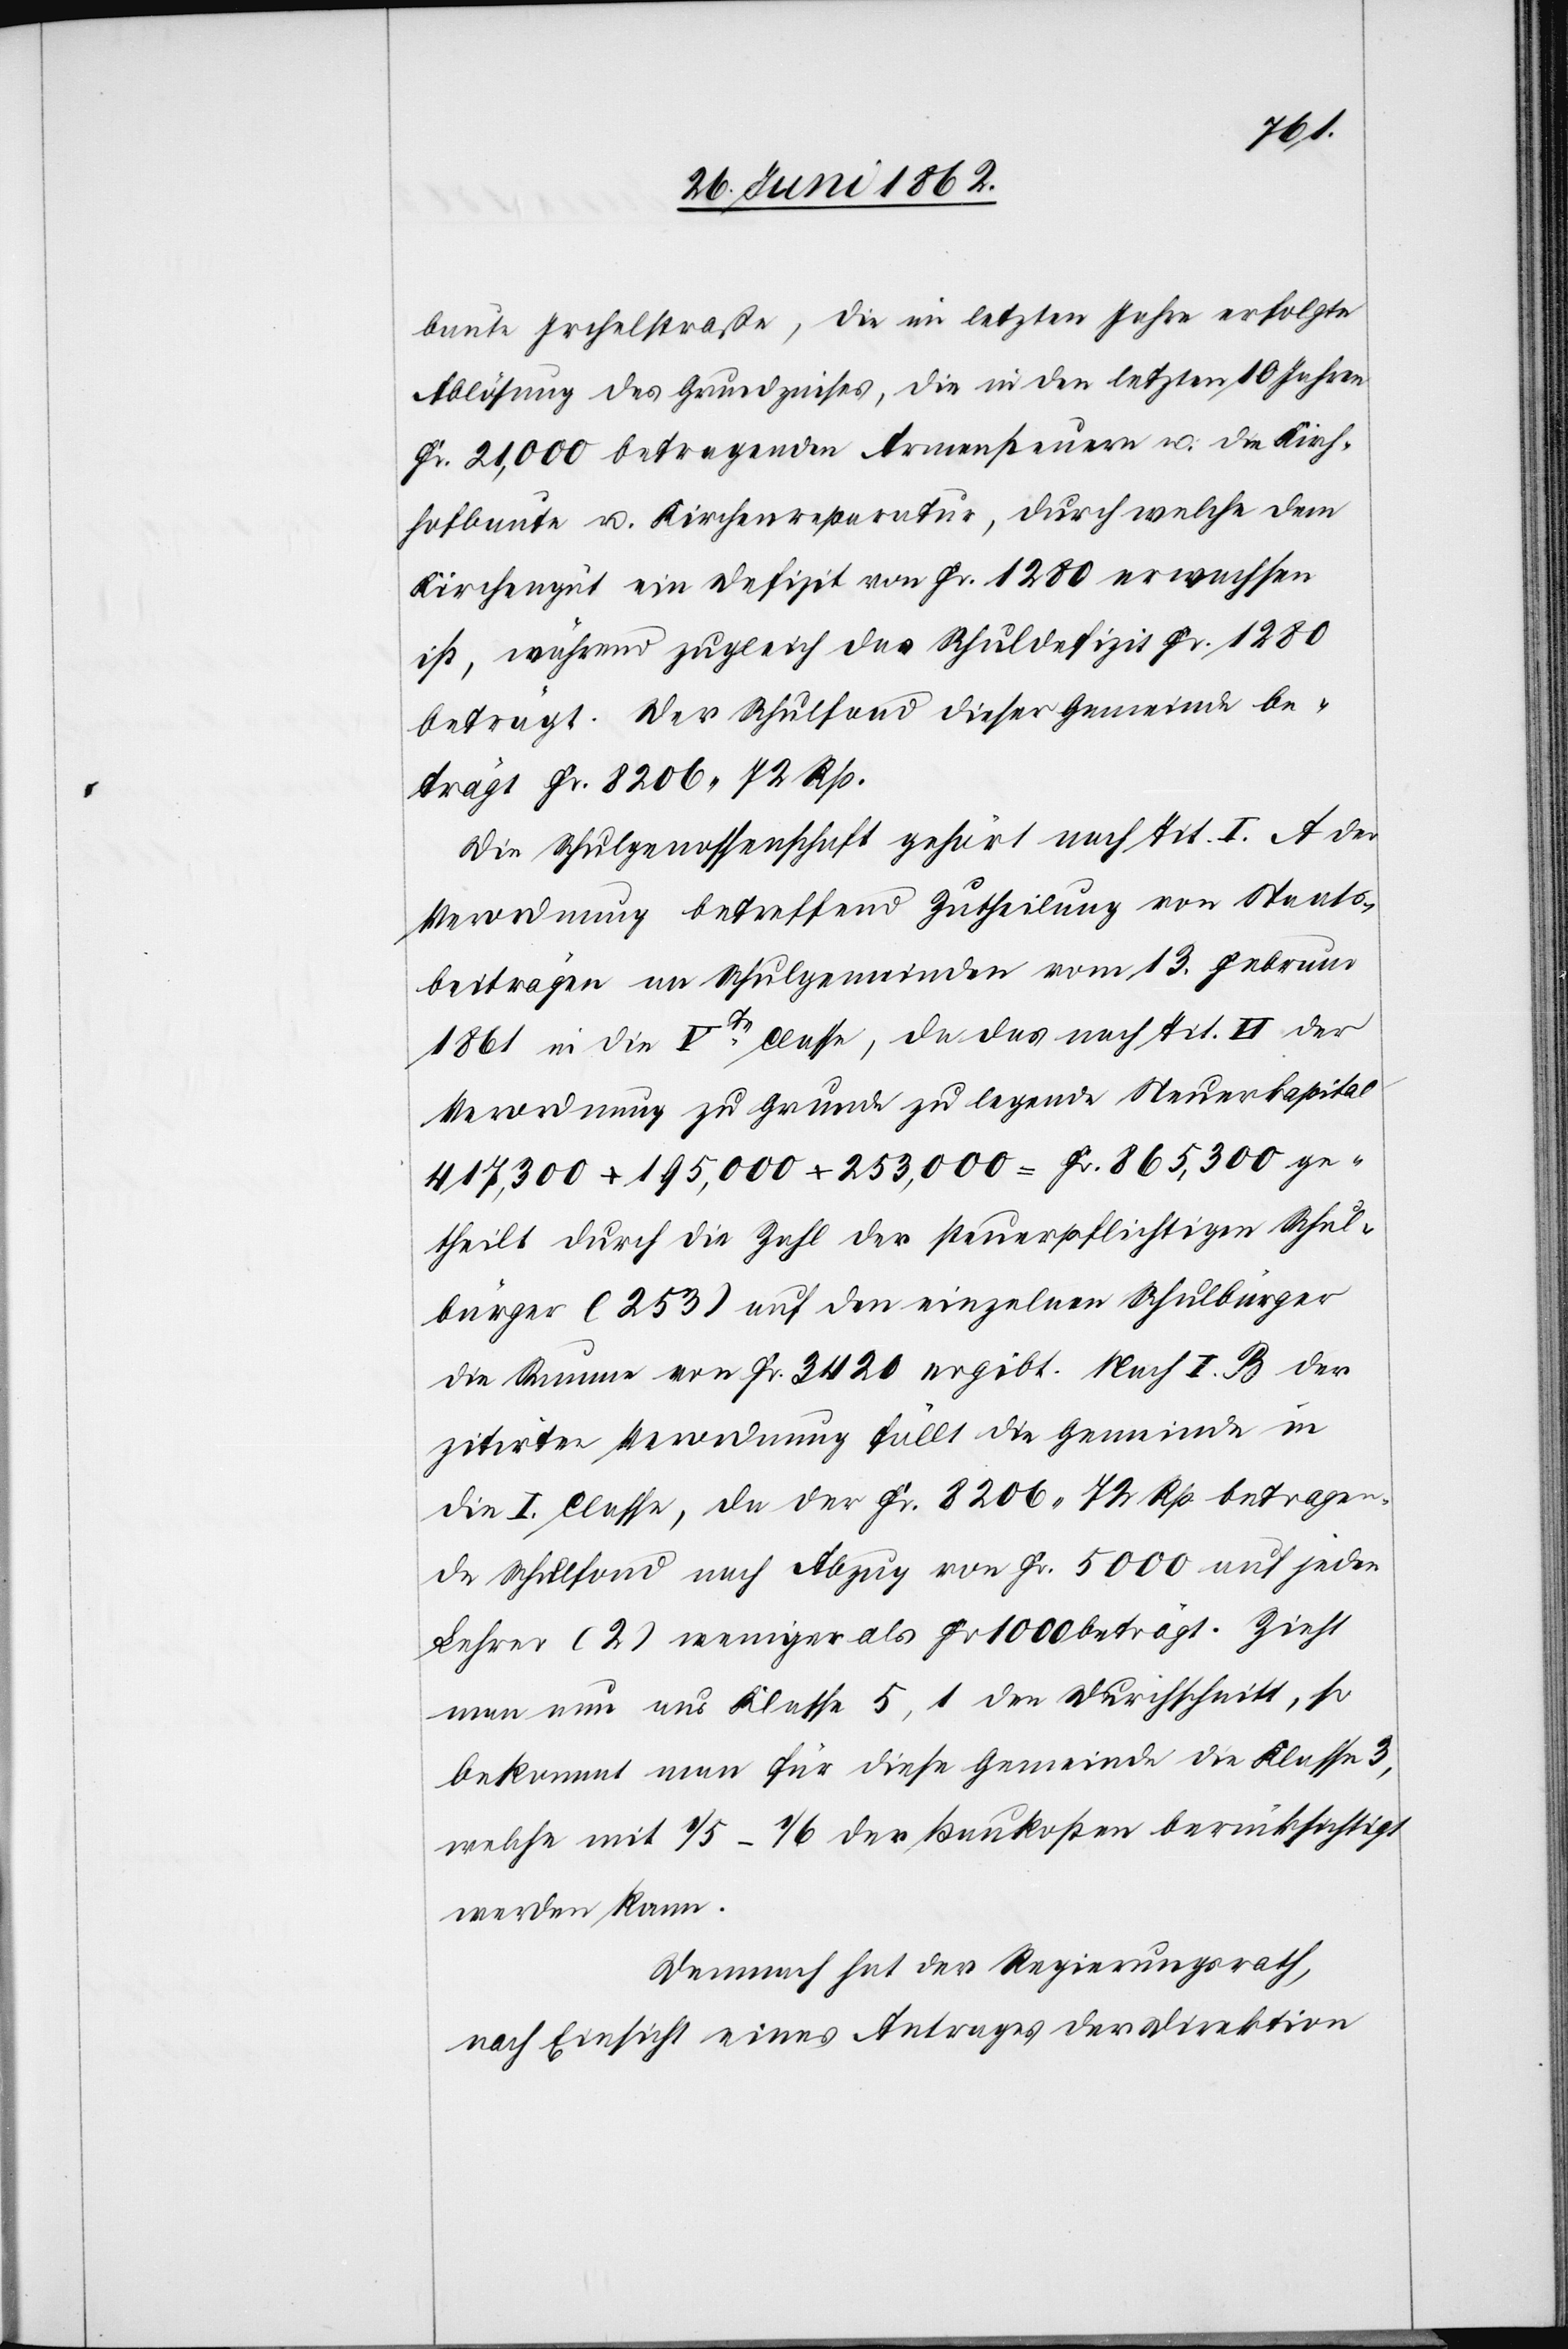
baute Irchelstraße, die im letzten Jahre erfolgte
Ablösung des Grundzinses, die in den letzten 10 Jahren
Fr. 21,000 betragenden Armensteuern u. die Kirch¬
hofbaute u. Kirchenreparatur, durch welche dem
Kirchengut ein Defizit von Fr. 1280 erwachsen
ist, während zugleich das Schuldefizit Fr. 1280
beträgt. Der Schulfond dieser Gemeinde be¬
trägt Fr. 8206 72 Rp.
Die Schulgenossenschaft gehört nach Tit. I. A der
Verordnung betreffend Zutheilung von Staats¬
beiträgen an Schulgemeinden vom 13. Februar
1861 in die Vte Classe, da das nach Tit. II der
Verordnung zu Grunde zu legende Steuerkapital
417,300+195,000+253,000 = Fr. 865,300 ge¬
theilt durch die Zahl der steuerpflichtigen Schul¬
bürger (253) auf den einzelnen Schulbürger
die Summe von Fr. 3420 ergibt. Nach I. B der
zitirten Verordnung fällt die Gemeinde in
die I. Classe, da der Fr. 8206 72 Rp. betragen¬
de Schulfond nach Abzug von Fr. 5000 auf jeden
Lehrer (2) weniger als Fr. 1000 beträgt. Zieht
man nun aus Klasse 5,1 den Durchschnitt, so
bekommt man für diese Gemeinde die Klasse 3,
welche mit 1/5–1/6 der Baukosten berücksichtigt
werden kann.
Demnach hat der Regierungsrath,
nach Einsicht eines Antrages der Direktion